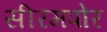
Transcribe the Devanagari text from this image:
सीरमपोर